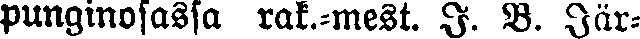
punginosasta rak.-mest. J. B. Jär-